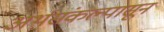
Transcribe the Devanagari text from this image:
अर्थसंकल्पासून